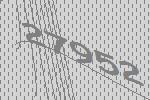
27952